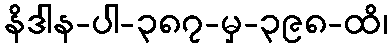
နိဒါန-ပါ-၃၈၇-မှ-၃၉၈-ထိ၊